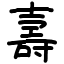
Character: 壽